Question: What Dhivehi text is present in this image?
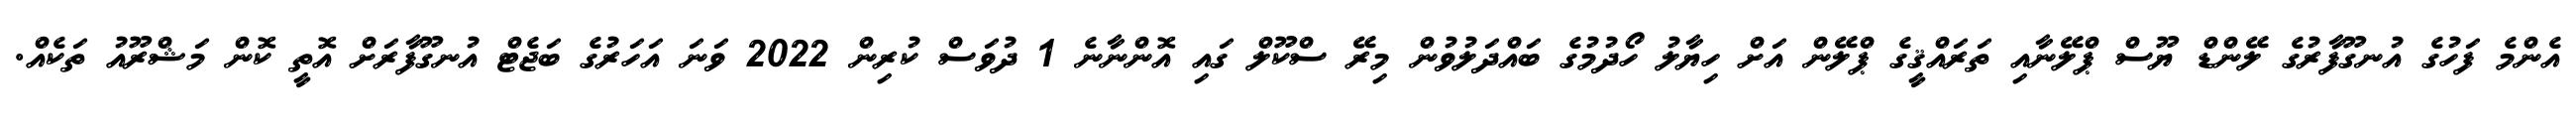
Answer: އެންމެ ފަހުގެ އުނގޫފާރުގެ ލޭންޑް ޔޫސް ޕްލޭނާއި ތަރައްޤީގެ ޕްލޭން އަށް ހިޔާލު ހޯދުމުގެ ބައްދަލުވުން މިރޭ ސްކޫލް ގައި އޮންނާނެ 1 ދުވަސް ކުރިން 2022 ވަނަ އަހަރުގެ ބަޖެޓް އުނގޫފާރަށް އޮތީ ކޮން މަޝްރޫއު ތަކެއް.